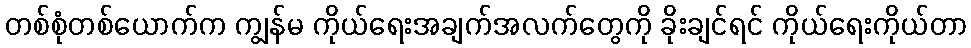
တစ်စုံတစ်ယောက်က ကျွန်မ ကိုယ်ရေးအချက်အလက်တွေကို ခိုးချင်ရင် ကိုယ်ရေးကိုယ်တာ